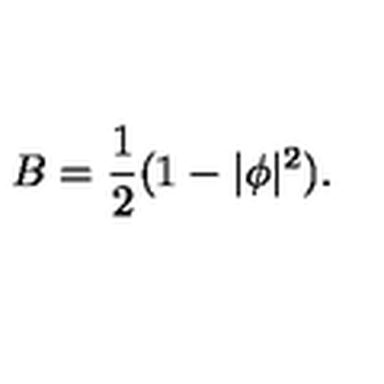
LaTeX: B = \frac { 1 } { 2 } ( 1 - | \phi | ^ { 2 } ) .